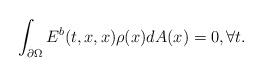
LaTeX: \begin{align*} \int_{\partial \Omega} E^b(t, x, x) \rho(x) dA(x)= 0, \forall t. \end{align*}